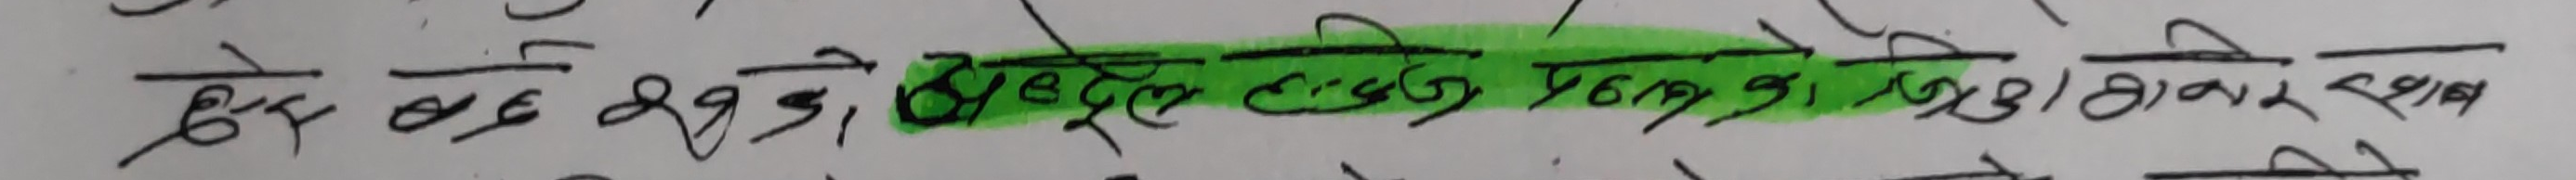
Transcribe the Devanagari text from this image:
हृदय हुदैन, हृदय हुनको योग्य नभए